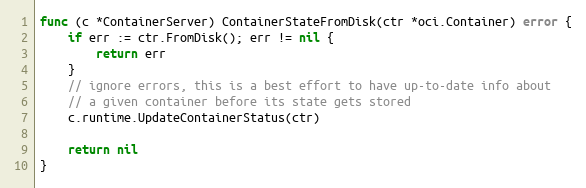
Language: Go
func (c *ContainerServer) ContainerStateFromDisk(ctr *oci.Container) error {
	if err := ctr.FromDisk(); err != nil {
		return err
	}
	// ignore errors, this is a best effort to have up-to-date info about
	// a given container before its state gets stored
	c.runtime.UpdateContainerStatus(ctr)

	return nil
}